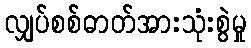
လျှပ်စစ်ဓာတ်အားသုံးစွဲမှု